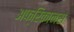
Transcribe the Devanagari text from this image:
अफ्रिकानस